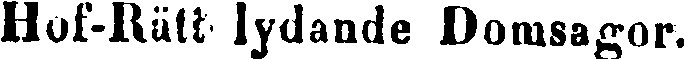
Hof-Rätt lydande Domsagor.